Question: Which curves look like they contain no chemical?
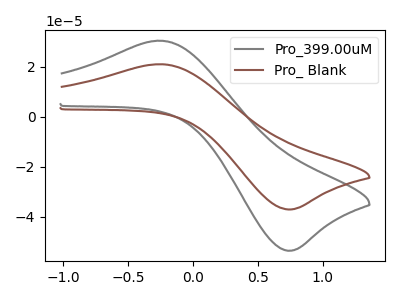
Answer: <think>The gray curve "Pro_399.00uM" has an anodic peak at (-0.25V, 30.50uA) and a cathodic peak at (0.75V, -53.55uA). The brown curve "Pro_ Blank" has an anodic peak at (-0.25V, 21.10uA) and a cathodic peak at (0.75V, -37.05uA).</think>
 <answer>There are not any CV's on this graph that are likely to be blanks.</answer>
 <eval>none</eval>